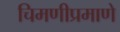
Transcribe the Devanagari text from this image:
चिमणीप्रमाणे